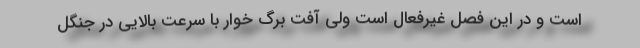
است و در این فصل غیرفعال است ولی آفت برگ خوار با سرعت بالایی در جنگل